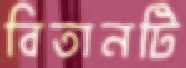
বিতানটি